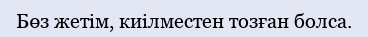
Бөз жетім, киілместен тозған болса.